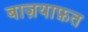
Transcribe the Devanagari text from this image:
बाज़याफ़त